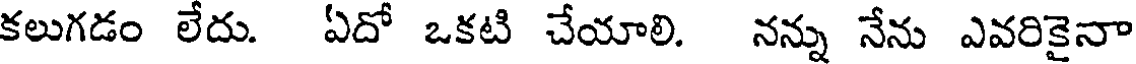
కలుగడం లేదు. ఏదో ఒకటి చేయాలి. నన్ను నేను ఎవరికైనా